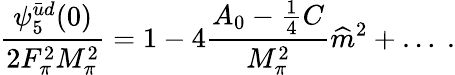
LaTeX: \frac{\psi_{5}^{\bar{u}d}(0)}{2F_{\pi}^{2}M_{\pi}^{2}}=1-4\frac{A_{0}-\frac{1}{4}C}{M_{\pi}^{2}}\widehat m^{2}+\ldots\ .